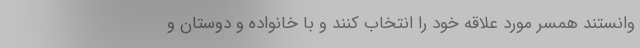
وانستند همسر مورد علاقه خود را انتخاب کنند و با خانواده و دوستان و